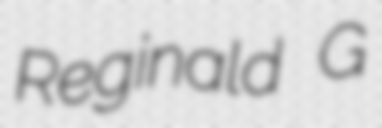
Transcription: Reginald G